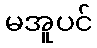
မအူပင်